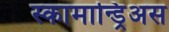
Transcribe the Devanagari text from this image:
स्कामान्ड्रिअस